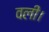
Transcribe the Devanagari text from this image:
वली।